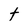
Character: T